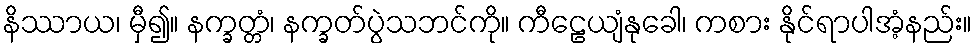
နိဿာယ၊ မှီ၍။ နက္ခတ္တံ၊ နက္ခတ်ပွဲသဘင်ကို။ ကီဠေယျံနုခေါ၊ ကစား နိုင်ရာပါအံ့နည်း။